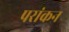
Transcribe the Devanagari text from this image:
परांकन